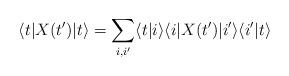
LaTeX: \begin{align*}\langle t| X(t')|t\rangle = \sum_{i,i'} \langle t|i\rangle\langle i|X(t')|i'\rangle\langle i'|t \rangle\end{align*}